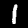
Label: 1